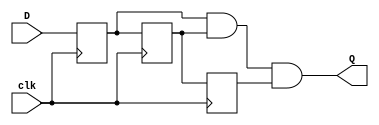
`timescale 1ns / 1ps
//////////////////////////////////////////////////////////////////////////////////
// Company: 
// Engineer: 
// 
// Design Name: 
// Module Name: debouncer
// Project Name: 
// Target Devices: 
// Tool Versions: 
// Description: 
// 
// Dependencies: 
// 
// Revision:
// Revision 0.01 - File Created
// Additional Comments:
// 
//////////////////////////////////////////////////////////////////////////////////


module debouncer(input D, input clk, output Q );

reg Q1,Q2,Q3;
always @(posedge clk)
begin
    Q1<=D;
    Q2<=Q1;
    Q3<=Q2;
end
assign Q= Q1& Q2&Q3;
endmodule